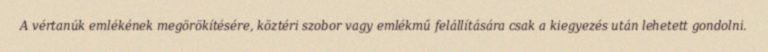
A vértanúk emlékének megörökítésére, köztéri szobor vagy emlékmű felállítására csak a kiegyezés után lehetett gondolni.